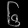
Digit: ၆